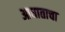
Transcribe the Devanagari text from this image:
आघाताचा